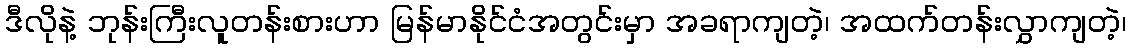
ဒီလိုနဲ့ ဘုန်းကြီးလူတန်းစားဟာ မြန်မာနိုင်ငံအတွင်းမှာ အခရာကျတဲ့၊ အထက်တန်းလွှာကျတဲ့၊